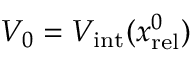
V _ { 0 } = V _ { \mathrm { i n t } } ( x _ { \mathrm { r e l } } ^ { 0 } )